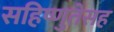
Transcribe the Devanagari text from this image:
सहिष्णुतेसह